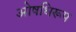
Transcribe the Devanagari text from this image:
ओषधिरूप